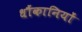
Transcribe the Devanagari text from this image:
धौंकानियों